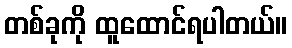
တစ်ခုကို ထူထောင်ရပါတယ်။